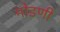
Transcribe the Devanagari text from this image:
मोडणी